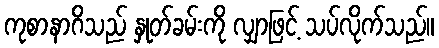
ကုစာနာဂိသည် နှုတ်ခမ်းကို လျှာဖြင့် သပ်လိုက်သည်။